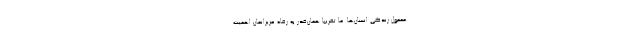
معمول زندگی انسان‌ها. ما تقریباً همان‌قدر به رفاه عزیزانمان اهمیت